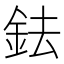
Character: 鉣